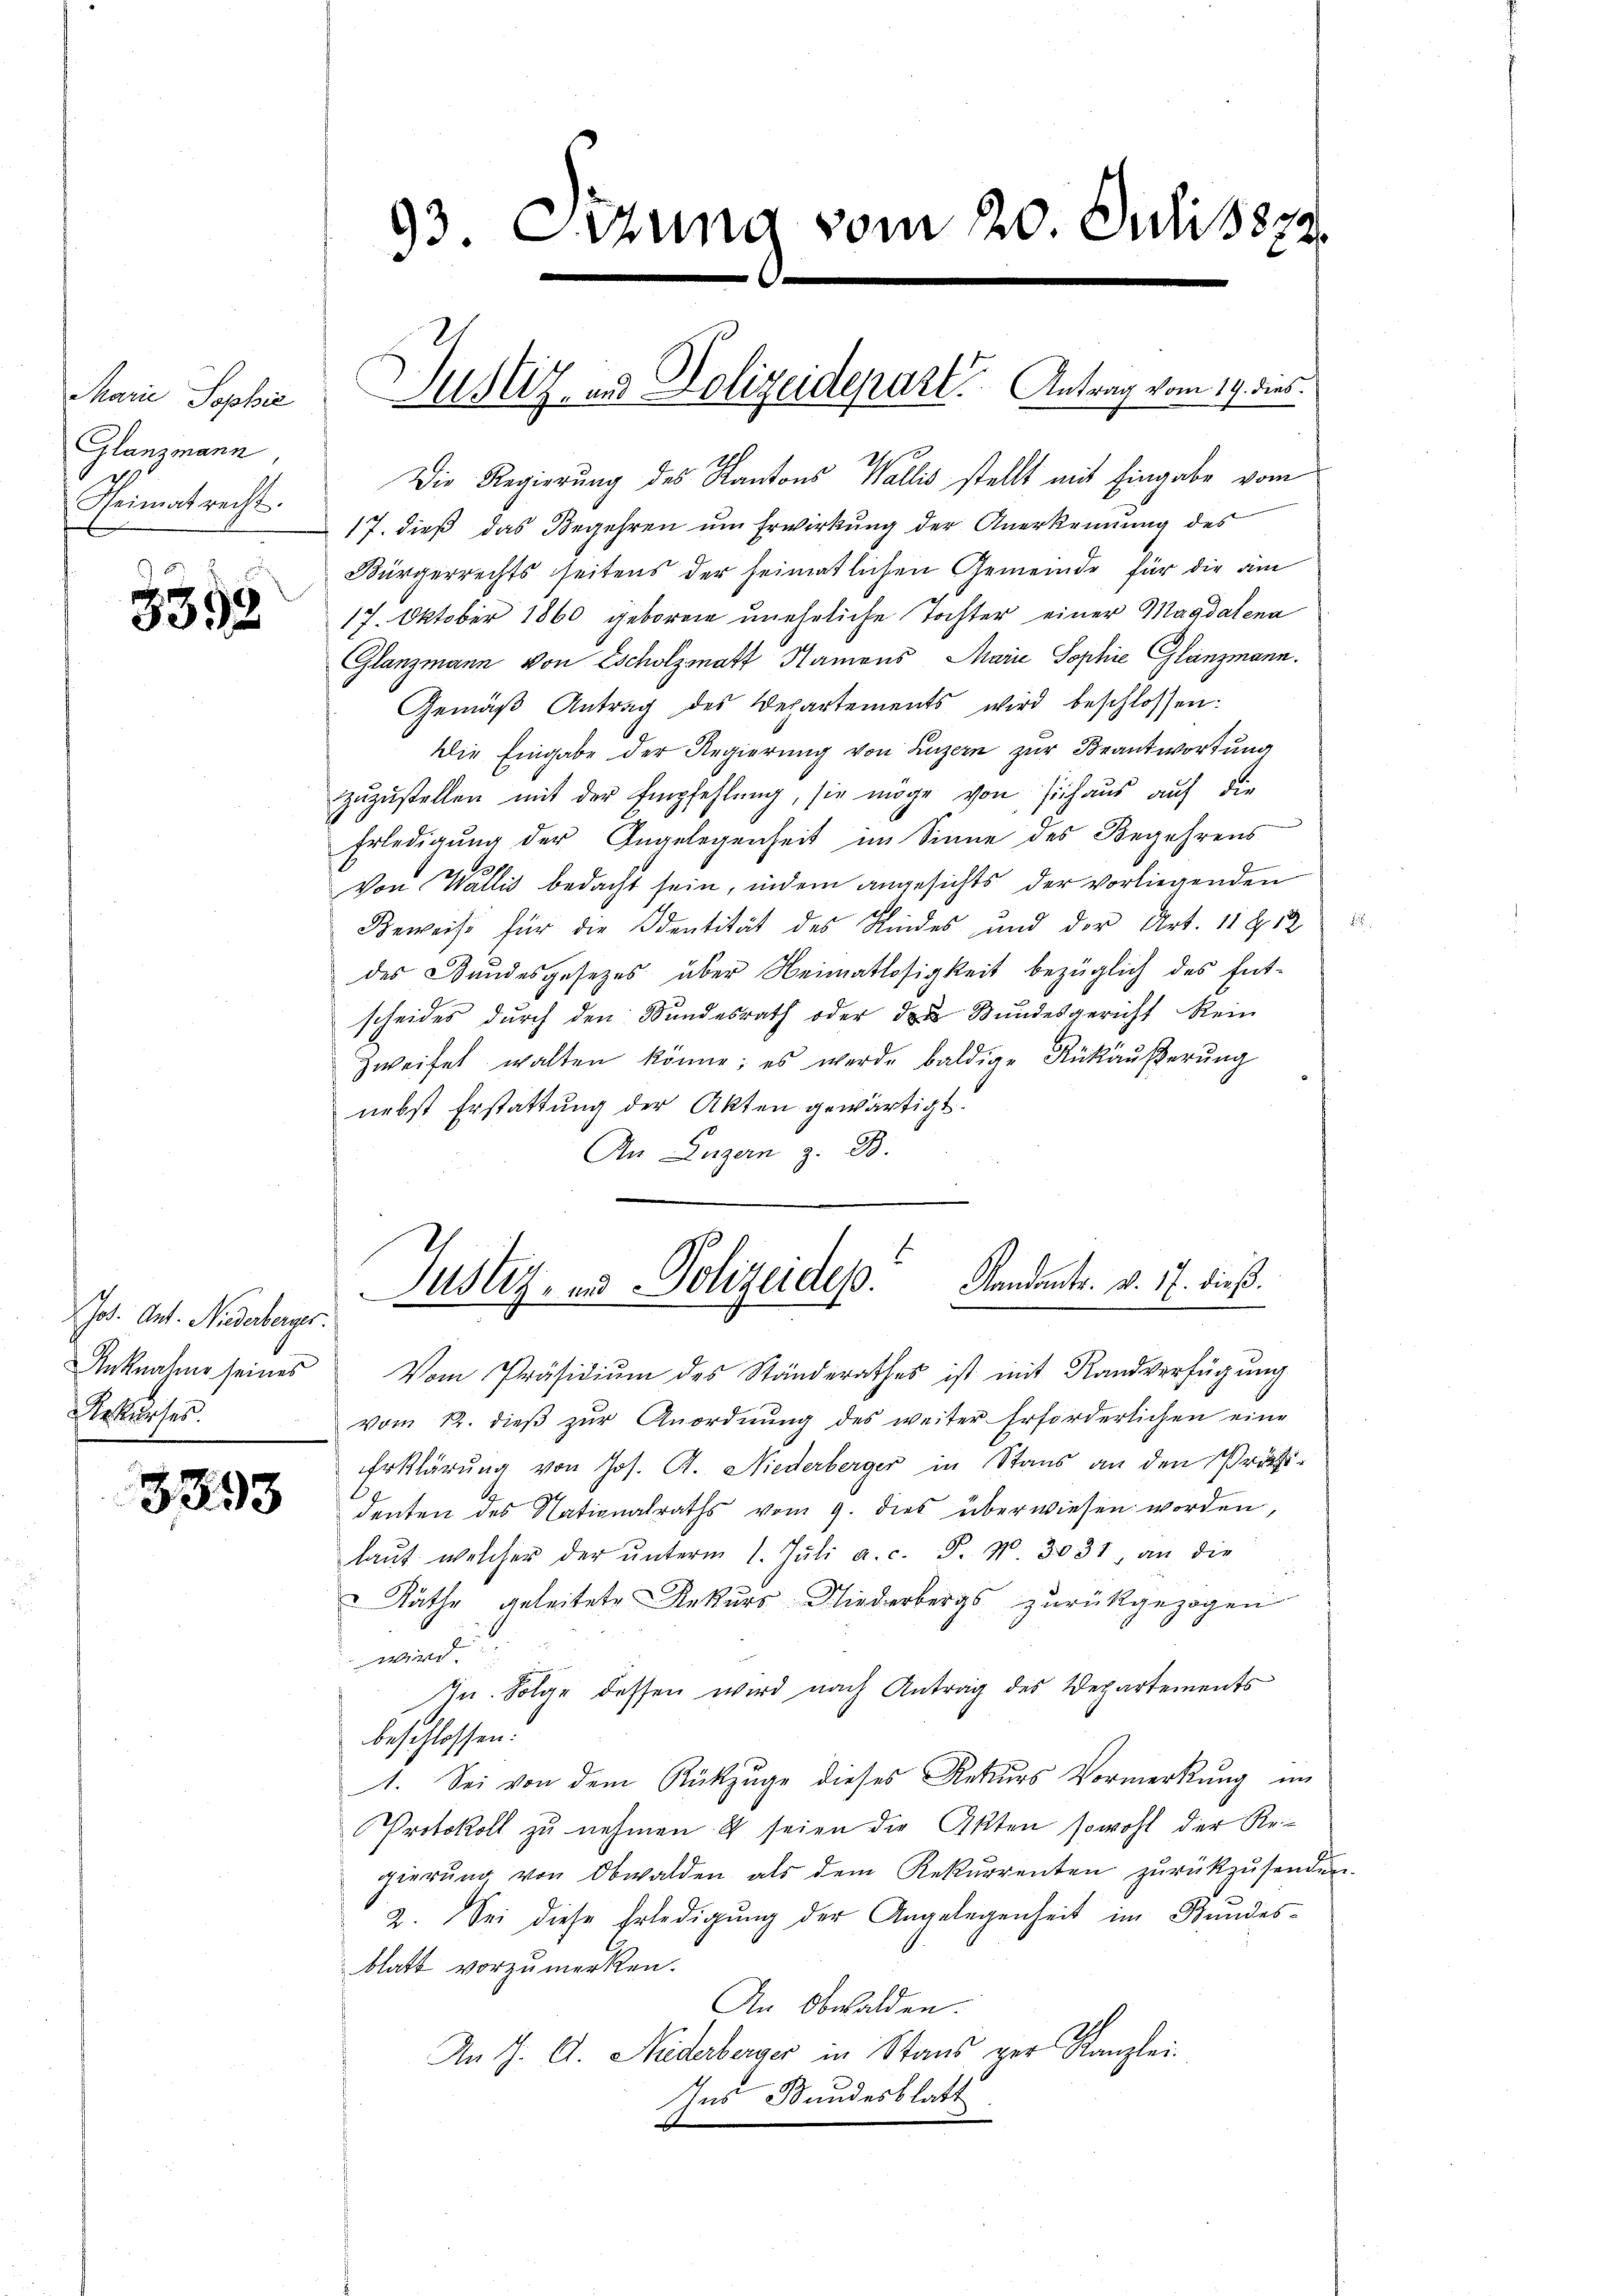
Marie Sophie
Glanzmann,
Theimat recht.

3398

Jot. Ant. Niederberges.
Anknahme seines
Rekurses.

3393

93. Errung vom 20. Juli 1872.

Justiz und Polizeidepart. Antrag vom 19. dies

Die Regierung des Kantons Wallis stellt mit Eingabe vom
17. dieß das Begehren um Erwirkung der Anerkennung des
Bürgerrechts seitens der heimatlichen Gemeinde für die am
17. Oktober 1860 geboren uneheliche Tochter einer Magdalena
Glanzmann von Escholzmatt Namens Marie Sophie Glanzmann.
Gemäß Antrag des Departements wird beschlossen:
Die Eingabe der Regierung von Luzern zur Beantwortung
zuzustellen mit der Empfehlung, sie möge von sich aus auf die
Erledigung der Angelegenheit im Sinne des Begehrens
Von Wallis bedacht sein, indem angesichts der vorliegenden
Beweise für die Identität des Kindes und der Art. 11 f 12 u
des Stundesgesetzes über Heimatlosigkeit bezüglich des Ent-
scheides durch den Bundesrath oder der Bundesgericht kein
zweifel walten könne; es werde baldige Rükäŭβerŭng
nebst Erstattung der Akten gewärtigt.
An Luzern B
Justiz- und Polizeides Kandants. v. 17. dieß.
Vom Präsidiŭm des Ständerathes ist mit Randverfügŭng
vom 12. dieβ zŭr Anordnŭng des weiter Erforderlichen eine
Erklärung von Jos. R. Niederberger in Stans an den Präsi-
denten des Nationalraths vom 9. dies überwiesen worden,
laŭt welcher der ŭnterm 1. Jŭli a. c. P. N. 3031, an die
Räthe geleitete Rekurs Niederbergs zurückgezogen
wird
In Folge dessen wird nach Antrag des Departements
beschlossen:
1. Sei von dem Rückzuge dieses Rekurs Vormerkung im
Protokoll zu nehmen & seien die Akten sowohl der Regierŭng von Obwalden als dem Rekurrenten zŭrückzŭsenden.
2. Sei diese Erledigung der Angelegenheit im Bundesblatt vorzumerken.
An Obwalden.
An J. A. Niederberger in Stans per Kanzlei-
Ins Bundesblatt